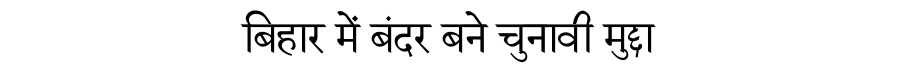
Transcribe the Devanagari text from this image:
बिहार में बंदर बने चुनावी मुद्दा